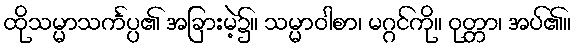
ထိုသမ္မာသင်္ကပ္ပ၏ အခြားမဲ့၌။ သမ္မာဝါစာ၊ မဂ္ဂင်ကို။ ဝုတ္တာ၊ အပ်၏။